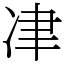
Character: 冿